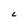
Character: C